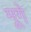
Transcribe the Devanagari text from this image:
मूगे